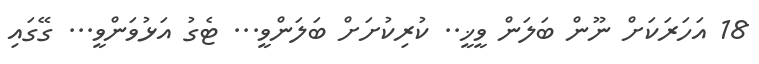
18 އަހަރަކަށް ނޫން ބަލަން ވީޚީ.. ކުރިކުށަށް ބަލަންވީ... ޓެގު އަޅުވަންވީ... ގޭގައި